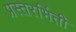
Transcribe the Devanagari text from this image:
प्रस्तरभिंती